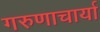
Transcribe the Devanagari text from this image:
गरुणाचार्या